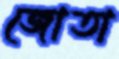
জোতা